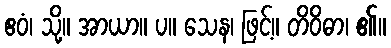
ဧဝံ၊ သို့။ အာယာ။ ပ။ သေန၊ ဖြင့်။ တိဝိဓာ၊ ၏။